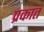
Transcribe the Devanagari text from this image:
प्रकात